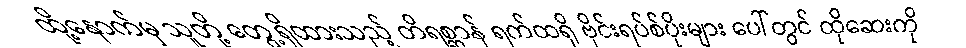
ထို့နောက်မှ သူတို့ တွေ့ရှိထားသည့် တိရစ္ဆာန် ရက်ထရို ဗိုင်းရပ်စ်ပိုးများ ပေါ်တွင် ထိုဆေးကို